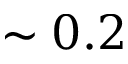
\sim 0 . 2